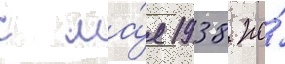
с ма́я 1938 по́